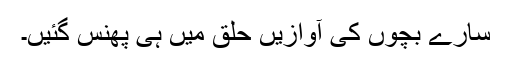
سارے بچوں کی آوازیں حلق میں ہی پھنس گئیں۔